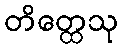
တိတ္ထေသု